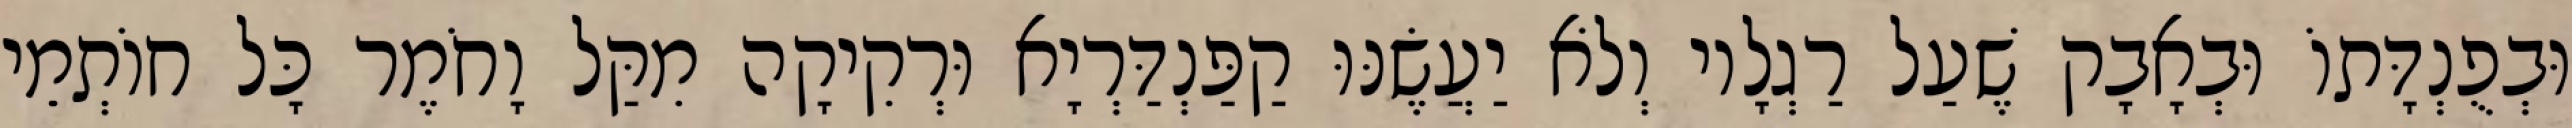
וּבְפֻנְדָּתוֹ וּבְאָבָק שֶׁעַל רַגְלָיו וְלֹא יַעֲשֶׂנּוּ קַפַּנְדַּרְיָא וּרְקִיקָה מִקַּל וָחֹמֶר כָּל חוֹתְמֵי